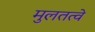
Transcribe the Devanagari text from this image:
मुलतत्वे